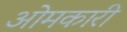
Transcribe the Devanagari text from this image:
ओमकारी